Scottish Leaving Certificate Examination, 1960
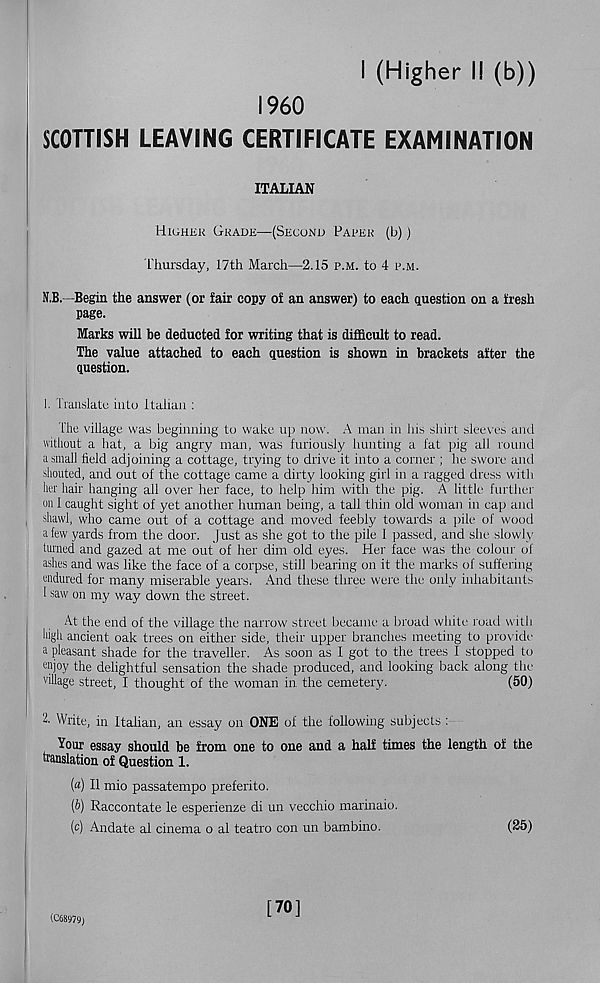
I (Higher I! (b))
I960
SCOTTISH LEAVING CERTIFICATE EXAMINATION
ITALIAN
Higher Grade—(Second Paper (b))
Thursday, 17th March—2.15 p.m. to 4 p.m.
N.B. -Begin the answer (or fair copy of an answer) to each question on a fresh
page.
Marks will be deducted for writing that is difficult to read.
The value attached to each question is shown in brackets after the
question.
1. Translate into Italian :
The village was beginning to wake up now. A man in his shirt sleeves and
without a hat, a big angry man, was furiously hunting a fat pig all round
a small field adjoining a cottage, trying to drive it into a corner ; he swore and
shouted, and out of the cottage came a dirty looking girl in a ragged dress with
her hair hanging all over her face, to help him with the pig. A little further
<m I caught sight of yet another human being, a tall thin old woman in cap and
shawl, who came out of a cottage and moved feebly towards a pile of wood
a few yards from the door. Just as she got to the pile I passed, and she slowly
turned and gazed at me out of her dim old eyes. Her face was the colour of
ashes and was like the face of a corpse, still bearing on it the marks of suffering
endured for many miserable years. And these three were the only inhabitants
1 saw on my way down the street.
At the end of the village the narrow street became a broad white r oad with
high ancient oak trees on either side, their upper branches meeting to provide
a pleasant shade for the traveller. As soon as I got to the trees I stopped to
enjoy the delightful sensation the shade produced, and looking back along the
village street, I thought of the woman in the cemetery.
(50)
2. Write, in Italian, an essay on ONE of the following subjects :
Your essay should be from one to one and a half times the length of the
translation of Question 1.
(a) II mio passatempo preferito.
(b) Raccontate le esperienze di un vecchio marinaio.
(c) Andate al cinema o al teatro con un bambino.
(25)
(C68979)
[70]